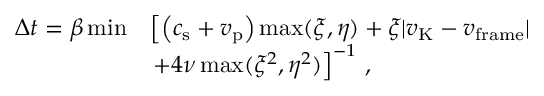
\begin{array} { r l } { \Delta t = \beta \operatorname* { m i n } } & { \left[ \left( c _ { \mathrm { s } } + v _ { \mathrm { p } } \right) \operatorname* { m a x } ( \xi , \eta ) + \xi | v _ { \mathrm { K } } - v _ { \mathrm { f r a m e } } | \right. } \\ & { \left. + 4 \nu \operatorname* { m a x } ( \xi ^ { 2 } , \eta ^ { 2 } ) \right] ^ { - 1 } \, , } \end{array}